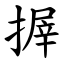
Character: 搱